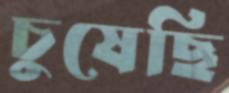
চুষেছি